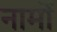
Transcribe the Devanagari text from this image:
नामॊं